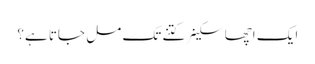
ایک اچھا سکینر کتنے تک مل جاتا ہے؟